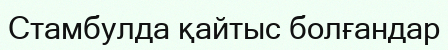
Стамбулда қайтыс болғандар